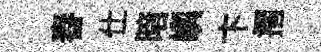
舂仕暗嶼卞摺